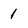
Character: 1